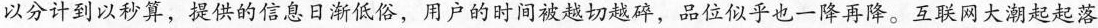
以分计到以秒算，提供的信息日渐低俗，用户的时间被越切越碎，品位似乎也一降再降。互联网大潮起起落